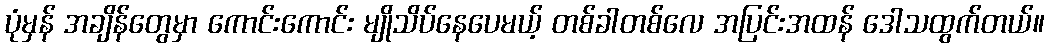
ပုံမှန် အချိန်တွေမှာ ကောင်းကောင်း မျိုသိပ်နေပေမယ့် တစ်ခါတစ်လေ အပြင်းအထန် ဒေါသထွက်တယ်။